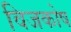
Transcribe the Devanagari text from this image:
विजकोष